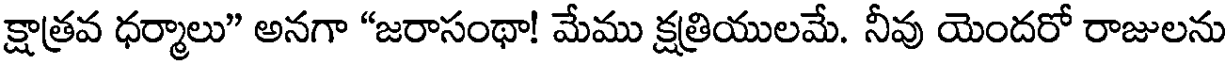
క్షాత్రవ ధర్మాలు" అనగా "జరాసంథా! మేము క్షత్రియులమే. నీవు యెందరో రాజులను